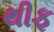
થીફ